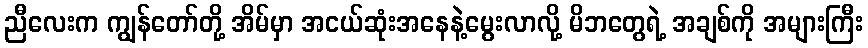
ညီလေးက ကျွန်တော်တို့ အိမ်မှာ အငယ်ဆုံးအနေနဲ့မွေးလာလို့ မိဘတွေရဲ့ အချစ်ကို အများကြီး